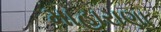
માહારાણા